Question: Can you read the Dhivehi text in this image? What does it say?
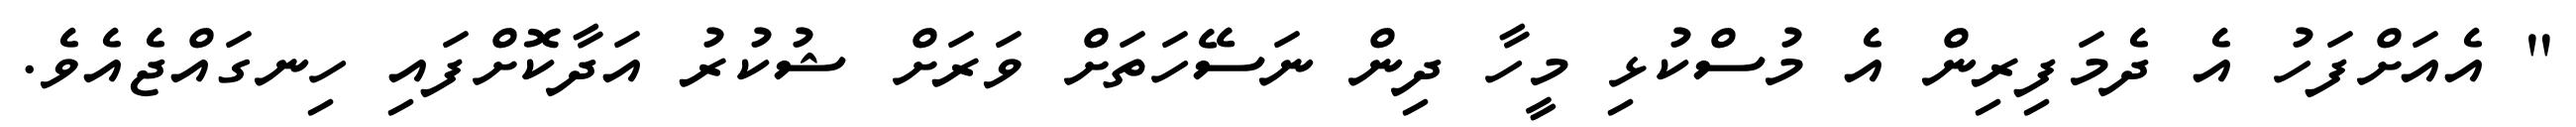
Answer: " އެއަށްފަހު އެ ދެމަފިރިން އެ މުސްކުޅި މީހާ ދިން ނަސޭހަތަށް ވަރަށް ޝުކުރު އަދާކޮށްފައި ހިނގައްޖެއެވެ.